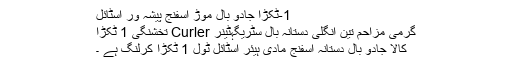
1-ٹکڑا جادو بال موڑ اسفنج پیشہ ور اسٹائل
گرمی مزاحم تین انگلی دستانہ بال سٹریگہٹینر Curler تخشنگی 1 ٹکڑا
کالا جادو بال دستانہ اسفنج مادی ہیئر اسٹائل ٹول 1 ٹکڑا کرلنگ ہے ۔